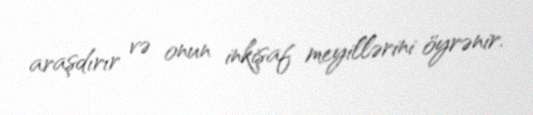
araşdırır və onun inkişaf meyillərini öyrənir.